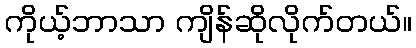
ကိုယ့်ဘာသာ ကျိန်ဆိုလိုက်တယ်။